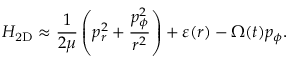
{ \cal H } _ { \mathrm { 2 D } } \approx \frac { 1 } { 2 \mu } \left( p _ { r } ^ { 2 } + \frac { p _ { \phi } ^ { 2 } } { r ^ { 2 } } \right) + \varepsilon ( r ) - \Omega ( t ) p _ { \phi } .